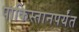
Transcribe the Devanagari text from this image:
पाकिस्तानपर्यंत